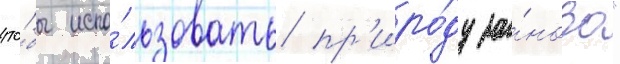
что́бы испо́льзовать пр'иро́ду за́ново"